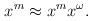
LaTeX: \begin{align*}x^m\approx x^mx^\omega.\end{align*}